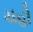
ચહો